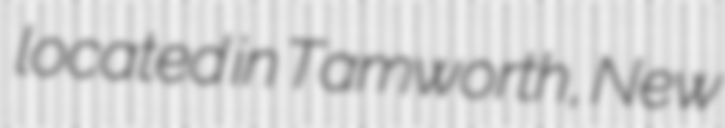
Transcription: located in Tamworth, New